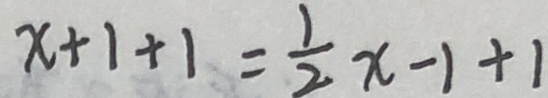
x + 1 + 1 = \frac { 1 } { 2 } x - 1 + 1